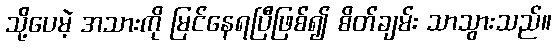
သို့ပေမဲ့ အသားကို မြင်နေရပြီဖြစ်၍ စိတ်ချမ်း သာသွားသည်။